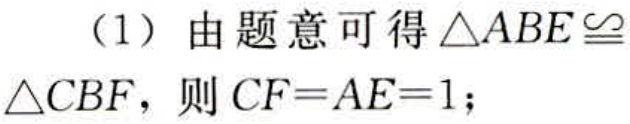
（1）由题意可得$\triangle ABE\cong\triangle CBF$，则$CF = AE = 1$；